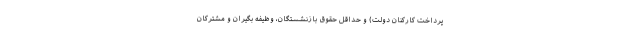
پرداخت کارکنان دولت) و حداقل حقوق بازنشستگان، وظیفه بگیران و مشترکان